Civil Veterinary Department. Central Provinces & Berar 1932-41 - 1932-1941
Year: 1932
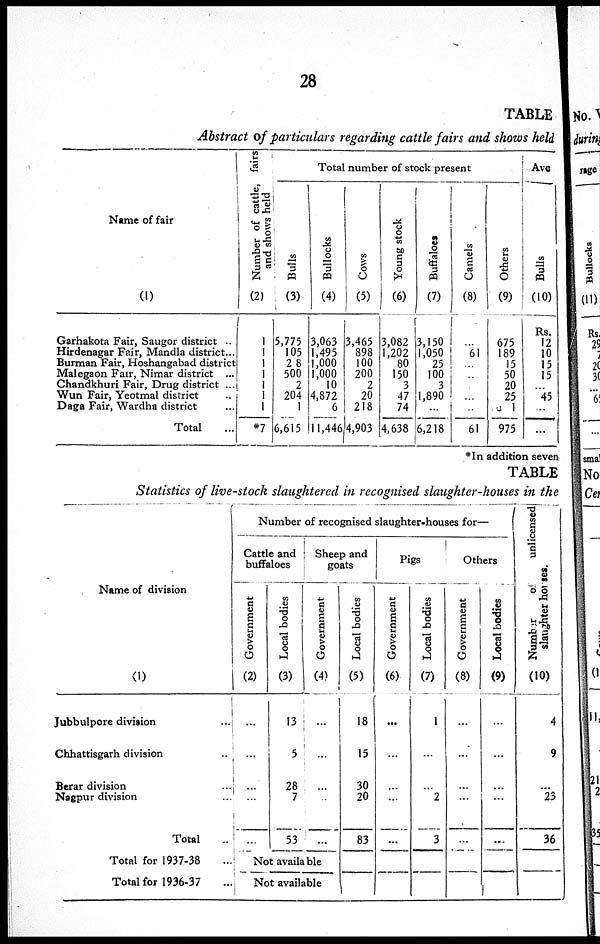
28
TABLE
Abstract of particulars regarding cattle fairs and shows held
Name of fair
(1)
Garhakota Fair, Saugor district ..
Hirdenagar Fair, Mandla district...
Burman Fair, Hoshangabad district
Malegaon Fair, Nimar district ...
Chandkhuri Fair, Drug district ...
Wun Fair, Yeotmal district ...
Daga Fair, Wardha district ...
Total ...
Number of cattle, fairs
and shows held
(2)
1
1
1
1
1
1
1
*7
Total number of stock present
Bulls
(3)
5,775
105
28
500
2
204
1
6,615
Bullocks
(4)
3,063
1,495
1,000
1,000
10
4,872
6
11,446
Cows
(5)
3,465
898
100
200
2
20
218
4,903
Young stock
(6)
3,082
1,202
80
150
3
47
74
4,638
Buffaloes
(7)
3,150
1,050
25
100
3
1,890
...
6,218
Camels
(8)
...
61
...
...
...
...
...
61
Others
(9)
675
189
15
50
20
25
1
975
Ave
Bulls
(10)
Rs.
12
10
15
15
...
45
...
...
*In addition seven
TABLE
Statistics of live-stock slaughtered in recognised slaughter-houses in the
Name of division
(1)
Jubbulpore division ...
Chhattisgarh division ...
Berar division ....
Nagpur division ...
Total ..
Total for 1937-38 ...
Total for 1936-37 ...
Number of recognised slaughter-houses for-
Cattle and
buffaloes
Government
(2)
...
...
...
...
...
Local bodies
(3)
13
5
28
7
53
Sheep and
goats
Government
(4)
...
...
...
...
...
Not available
Not available
Local bodies
(5)
18
15
30
20
83
Pigs
Government
(6)
...
...
...
...
...
Local bodies
(7)
1
...
...
2
3
Others
Government
(8)
...
...
...
...
...
Local bodies
(9)
...
...
...
...
...
Number of unlicensed
slaughter horses.
(10)
4
9
...
23
36